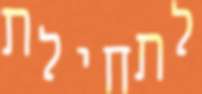
לתחילת